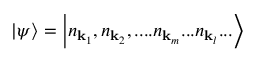
| \psi \rangle = \left| n _ { \mathbf { k } _ { 1 } } , n _ { \mathbf { k } _ { 2 } } , . . . . n _ { \mathbf { k } _ { m } } . . . n _ { \mathbf { k } _ { l } } . . . \right\rangle